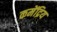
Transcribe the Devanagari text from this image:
कमेंद्रिय